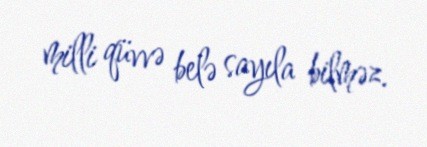
milli qüvvə belə sayıla bilməz.